Problem: 23 + 20 = ?
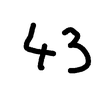
Handwritten answer: 43